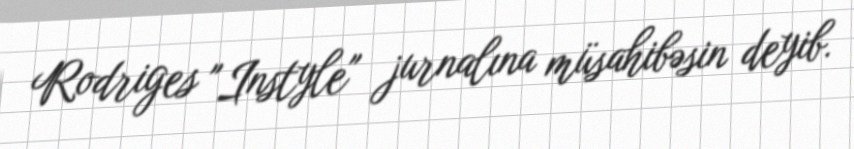
Rodriges "Instyle" jurnalına müsahibəsin deyib.